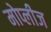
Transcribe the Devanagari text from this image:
मोप्लीज